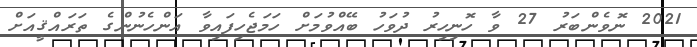
2021 ނޮވެންބަރު 27 ވާ ހޮނިހިރު ދުވަހު ބޭއްވުމަށް ހަމަޖެހިފައިވާ އަންހެނުންގެ ތަރައްޤީއަށް